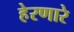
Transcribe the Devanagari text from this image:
हेरणारे